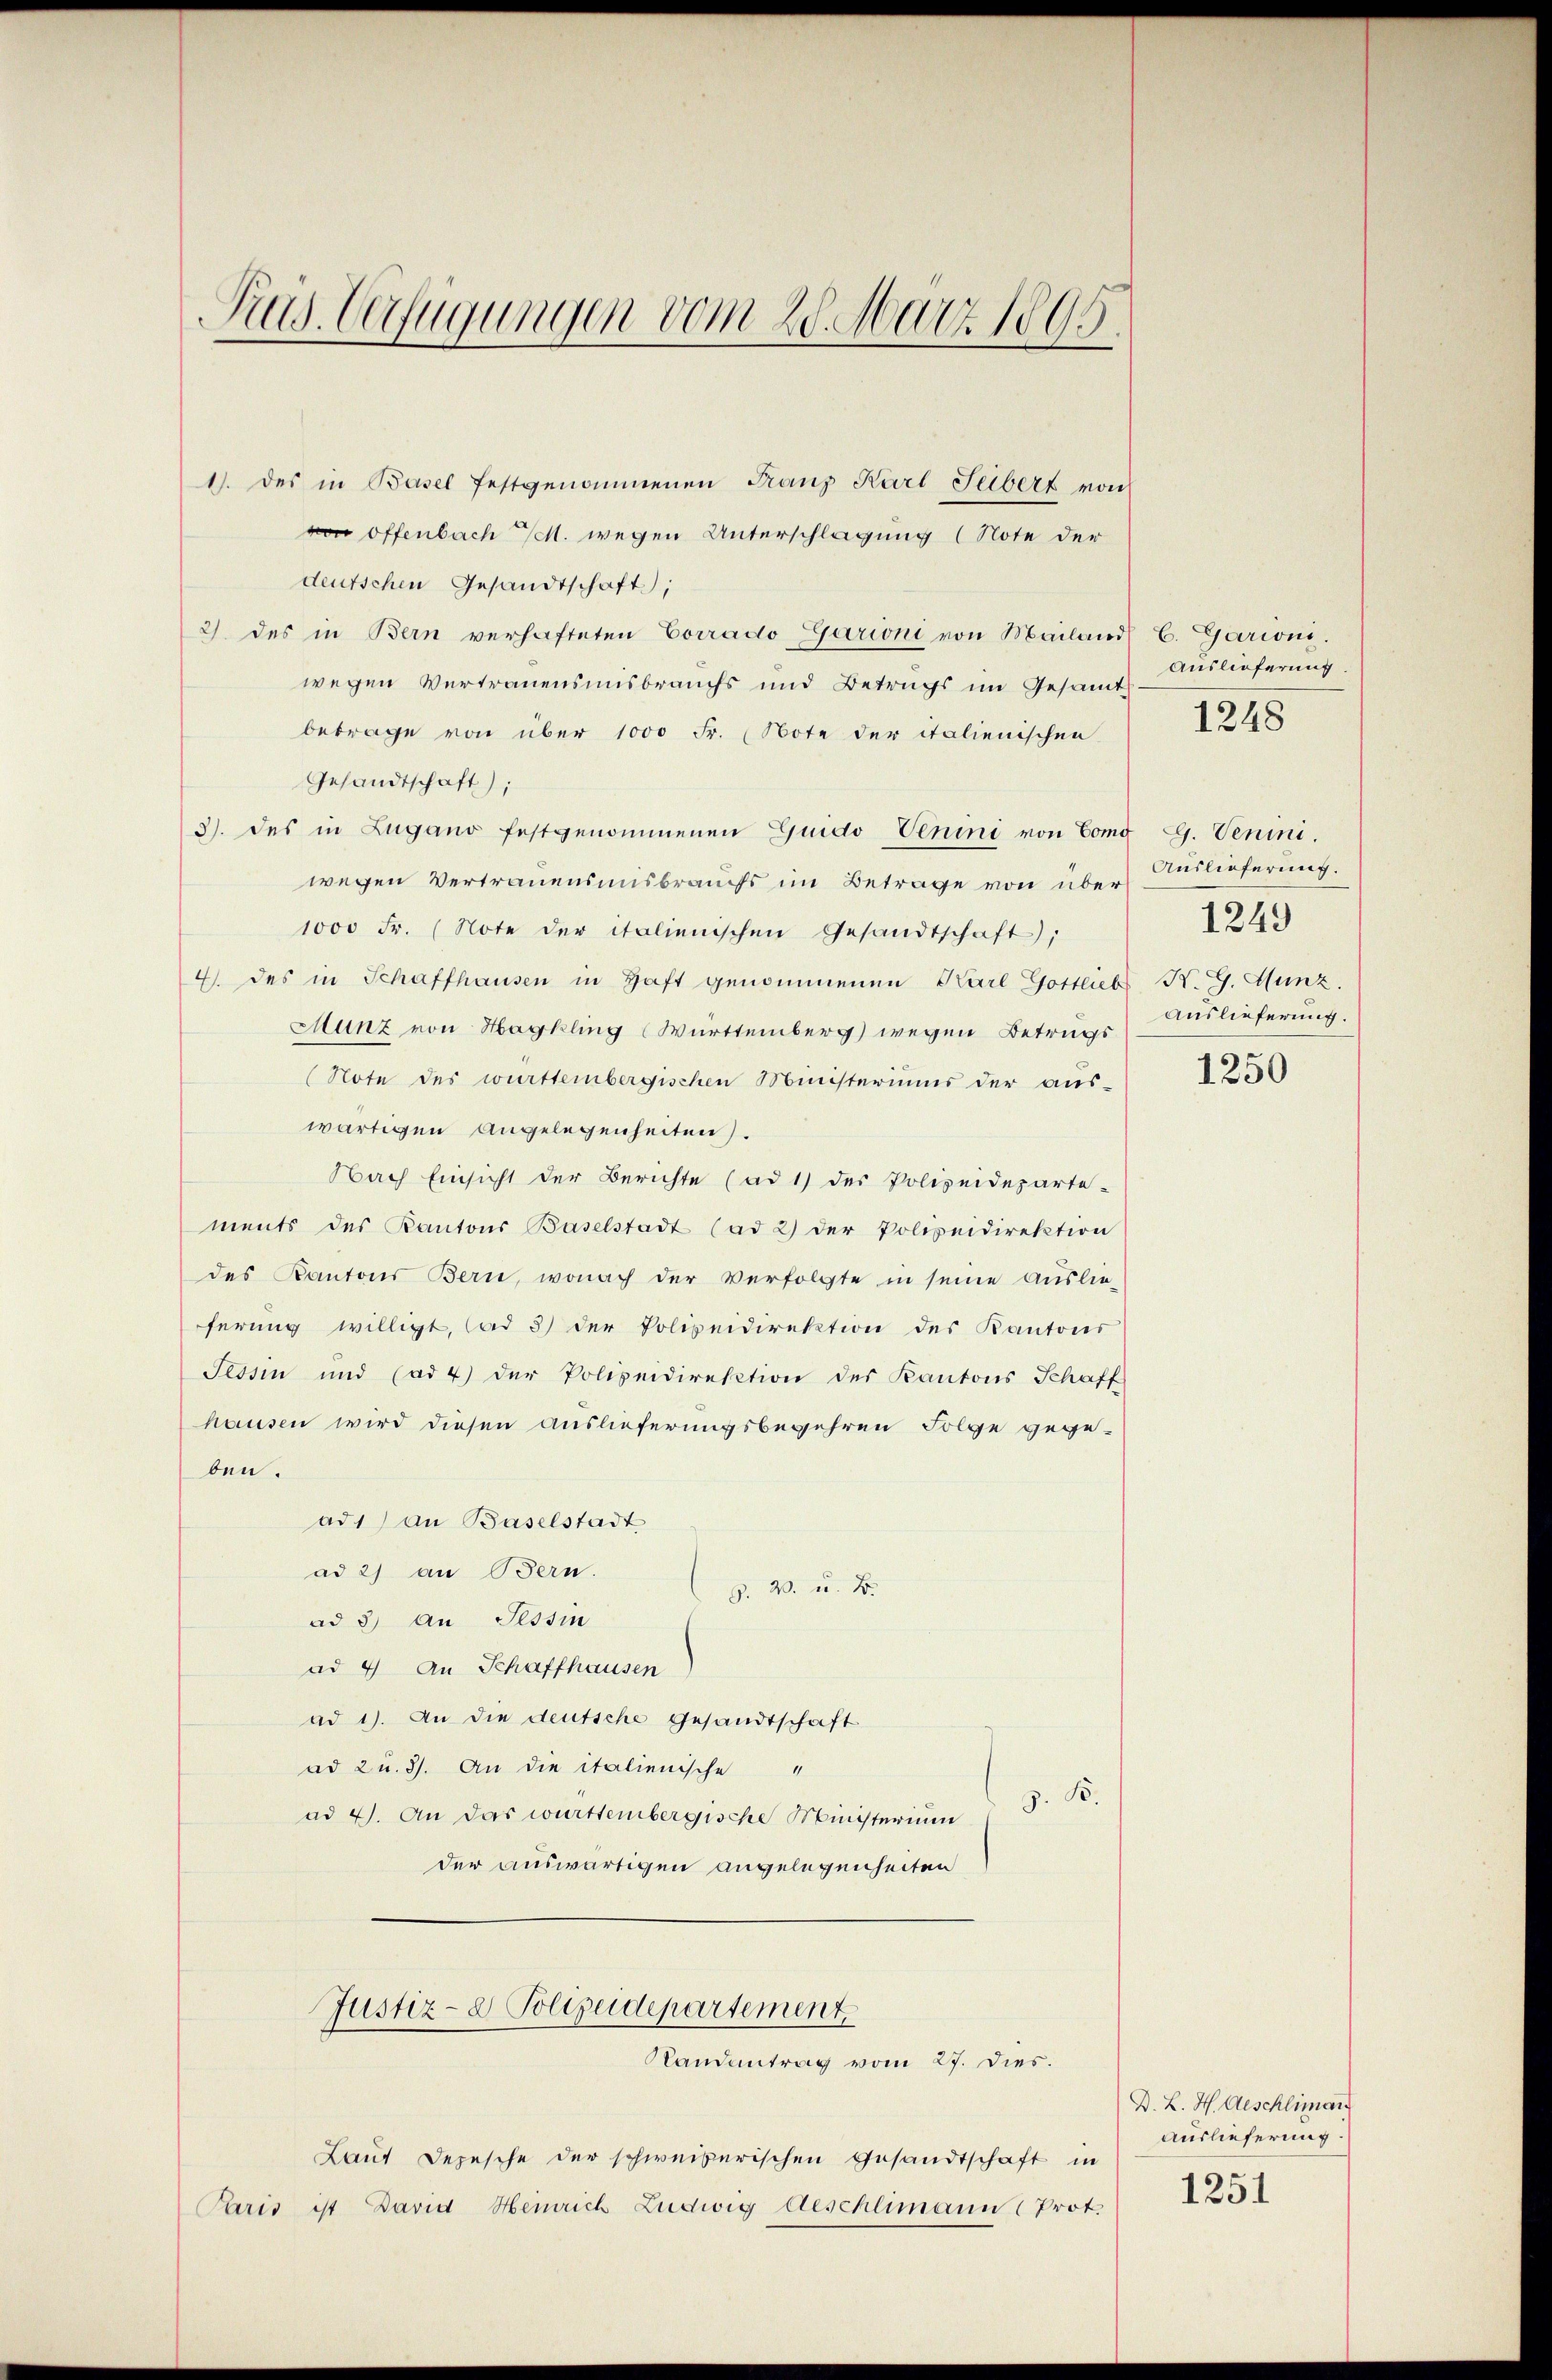
Rud. Verfügungen vom 28. März 1895

1). des in Basel festgenommenen Franz Karl Leibert von
von offenbach M. wegen Unterschlagung (Note der
deutschen Gesandtschaft,
2) des in Bern verhafteten Corrado Garioni von Mailand C. Garioni.
wegen Vertrauensmisbrauchs und Betrugs im Gesamt
betrage von über 1000 Fr. (Note der italienischen
Gesandtschaft);
3) des in Zugano festgenommenen Guido Venini von Como G. Venini.
wegen Vertrauensmisbrauchs im Betrage von über
1000 Fr. (Note der italienischen Gesandtschaft;
4. des in Schaffhausen in Haft genommenen Karl Gottliebs K. G. Hunz.
Munz von Hagkling (Württemberg) wegen Betrugs
(Note des württembergischen Ministeriums der aus-
wärtigen Angelegenheiten)
Nach Einsicht der Berichte (ad 1) der Polizeideparte-
ments des Kantons Baselstadt (ad 2) der Polizeidirektion
des Kantons Bern, wonach der verfolgte in seine Auslie-
ferŭng willigt, ad 3) der Polizeidirektion des Kantons
Tessin und (ad 4) der Polizeidirektion des Kantons Schaff
hausen wird diesen Auslieferungsbegehren Folge gegeben.
ad1 an Baselstadt
ad 2) an Bern.
Z. W. u. B.
ad 3) An Tessin
ad 4) An Schaffhausen
ad 1). An die deutsche Gesandtschaft
ad 2 u. 3). An die italienische
G. B.
ad 4. An das württembergische Ministerium
der auswärtigen angelegenheiten
Justiz- & Polizeidepartement
Randantrag vom 27. Dies.
Laut Depesche der schweizerischen Gesandtschaft in
Paris ist David Heinrich Ludwig Aeschlimann (Prot.

Auslieferung.

1248

Auslieferung.
Auslieferung.

1249

1250

D. L. H. Aeschliman
Auslieferung.
1251